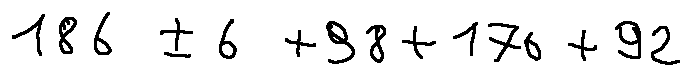
1 8 6 \pm 6 + 9 8 + 1 7 6 + 9 2